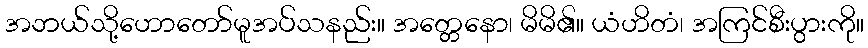
အဘယ်သို့ဟောတော်မူအပ်သနည်း။ အတ္တေနော၊ မိမိ၏။ ယံဟိတံ၊ အကြင်စီးပွားကို။